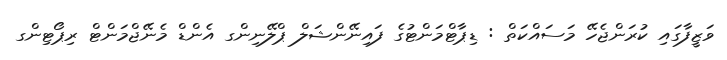
ވަޒީފާގައި ކުރަންޖެހޭ މަސައްކަތް : ޑިޕާޓްމަންޓުގެ ފައިނޭންޝަލް ޕްލޭނިންގ އެންޑް މެނޭޖްމަންޓް ރިޕޯޓިންގ